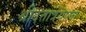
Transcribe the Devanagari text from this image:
श्रीदत्तात्रेयाला